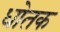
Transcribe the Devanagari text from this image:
धोतक